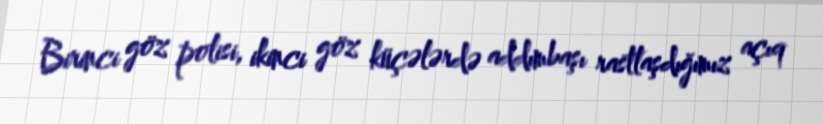
Birinci göz polisi, ikinci göz küçələrdə addımbaşı rastlaşdığımız açıq